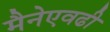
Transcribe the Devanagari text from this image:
मैनेएवढी